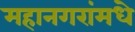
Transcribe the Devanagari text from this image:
महानगरांमधे